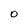
Character: O